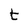
Character: t